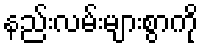
နည်းလမ်းများစွာကို